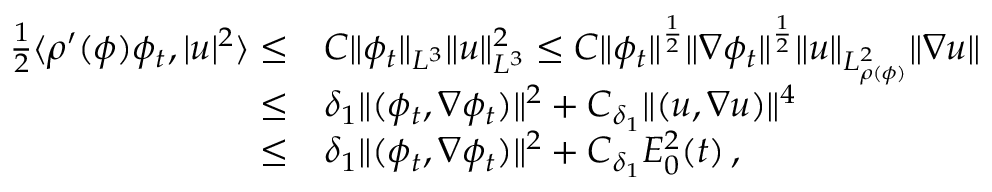
\begin{array} { r l } { \frac { 1 } { 2 } \langle \rho ^ { \prime } ( \phi ) \phi _ { t } , | u | ^ { 2 } \rangle \leq } & { C \| \phi _ { t } \| _ { L ^ { 3 } } \| u \| _ { L ^ { 3 } } ^ { 2 } \leq C \| \phi _ { t } \| ^ { \frac { 1 } { 2 } } \| \nabla \phi _ { t } \| ^ { \frac { 1 } { 2 } } \| u \| _ { L _ { \rho ( \phi ) } ^ { 2 } } \| \nabla u \| } \\ { \leq } & { \delta _ { 1 } \| ( \phi _ { t } , \nabla \phi _ { t } ) \| ^ { 2 } + C _ { \delta _ { 1 } } \| ( u , \nabla u ) \| ^ { 4 } } \\ { \leq } & { \delta _ { 1 } \| ( \phi _ { t } , \nabla \phi _ { t } ) \| ^ { 2 } + C _ { \delta _ { 1 } } E _ { 0 } ^ { 2 } ( t ) \, , } \end{array}